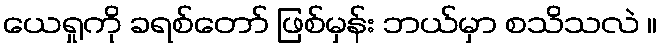
ယေရှုကို ခရစ်တော် ဖြစ်မှန်း ဘယ်မှာ စသိသလဲ ။